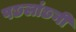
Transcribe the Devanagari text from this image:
पछलांछनी